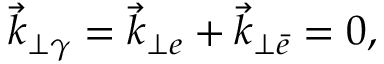
\vec { k } _ { \perp \gamma } = \vec { k } _ { \perp e } + \vec { k } _ { \perp \bar { e } } = 0 ,